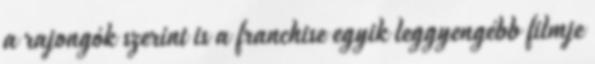
a rajongók szerint is a franchise egyik leggyengébb filmje